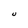
Character: U